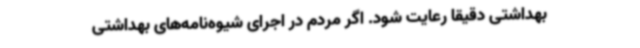
بهداشتی دقیقا رعایت شود. اگر مردم در اجرای شیوه‌نامه‌های بهداشتی